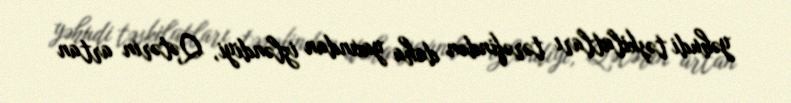
yəhudi təşkilatları tərəfindən daha yaxından izləndiyi, Qətərin artan